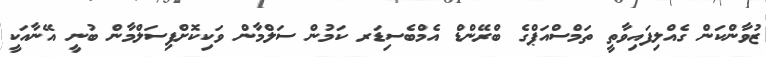
ޒުވާންކަން ގެއްލިފައިވާތީ ތަމްސްއަޕްގެ ބްރޭންޑް އެމްބެސިޑަރ ކަމުން ސަލްމާން ވަކިކޮށްފިސަލްމާން ބުނީ އޭނާއަކީ